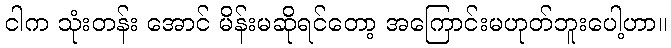
ငါက သုံးတန်း အောင် မိန်းမဆိုရင်တော့ အကြောင်းမဟုတ်ဘူးပေါ့ဟာ။